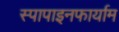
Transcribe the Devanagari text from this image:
स्पापाइनफार्याम